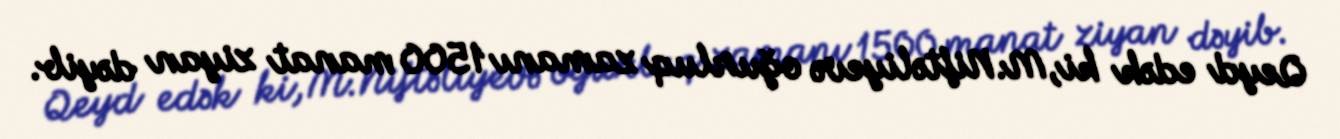
Qeyd edək ki, M.Niftəliyevə oğurluq zamanı 1500 manat ziyan dəyib.